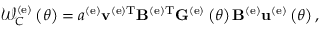
{ \mathscr W } _ { C } ^ { \left( \mathrm { e } \right) } \left( \theta \right) = a ^ { \left( \mathrm { e } \right) } { \bf v } ^ { \left( \mathrm { e } \right) \mathrm { T } } { \bf B } ^ { \left( \mathrm { e } \right) \mathrm { T } } { \bf G } ^ { \left( \mathrm { e } \right) } \left( \theta \right) { \bf B } ^ { \left( \mathrm { e } \right) } { \bf u } ^ { \left( \mathrm { e } \right) } \left( \theta \right) ,